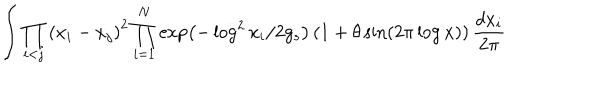
LaTeX: \int \prod _ { i < j } \left( x _ { i } - x _ { j } \right) ^ { 2 } \prod _ { i = 1 } ^ { N } \exp \left( - \log ^ { 2 } x _ { i } / 2 g _ { s } \right) \left( 1 + \theta \sin \left( 2 \pi \log x \right) \right) \frac { d x _ { i } } { 2 \pi }